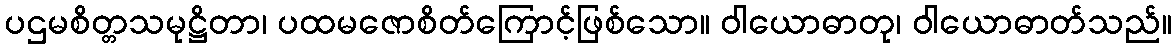
ပဌမစိတ္တသမုဋ္ဌိတာ၊ ပထမဇောစိတ်ကြောင့်ဖြစ်သော။ ဝါယောဓာတု၊ ဝါယောဓာတ်သည်။